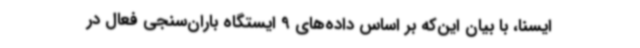
ایسنا، با بیان این‌که بر اساس داده‌های 9 ایستگاه باران‌سنجی فعال در